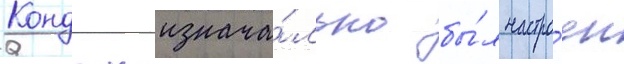
Кондон изнача́льно бы́л настро́ен